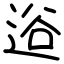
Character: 逧